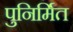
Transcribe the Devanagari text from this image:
पुनिर्मित